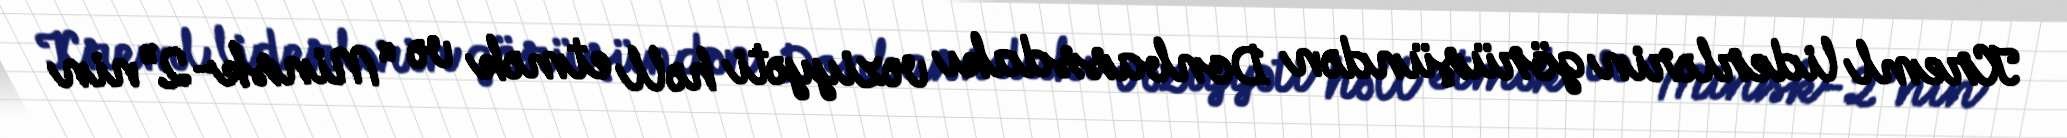
Kreml liderlərin görüşündən Donbassdakı vəziyyəti həll etmək və “Minsk-2”nin